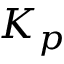
K _ { p }